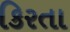
કિરતા